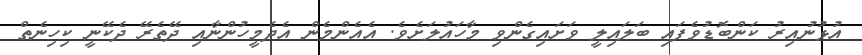
އުޅުނުއިރު ކަންބޮޑުވެފައި ބަލައިލީ ވަށައިގެންވި މާހައުލަށެވެ. އެއެންމެން އެދެމީހުންނާއި ދޭތެރޭ ދެކޭނީ ކިހިނެތް